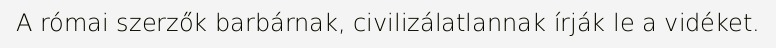
A római szerzők barbárnak, civilizálatlannak írják le a vidéket.